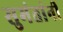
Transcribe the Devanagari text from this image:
सुमंतांनी